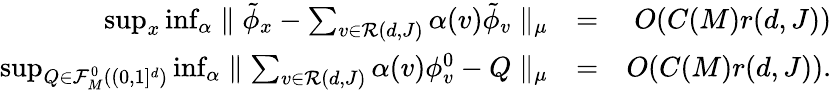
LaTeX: \begin{array}{rlr}{\operatorname*{sup}_{x}\operatorname*{inf}_{\alpha}\parallel\tilde{\phi}_{x}-\sum_{v\in{\cal R}(d,J)}\alpha(v)\tilde{\phi}_{v}\parallel_{\mu}}&{=}&{O(C(M)r(d,J))}\\ {\operatorname*{sup}_{Q\in{\cal F}_{M}^{0}((0,1]^{d})}\operatorname*{inf}_{\alpha}\parallel\sum_{v\in{\cal R}(d,J)}\alpha(v)\phi_{v}^{0}-Q\parallel_{\mu}}&{=}&{O(C(M)r(d,J)).}\end{array}